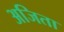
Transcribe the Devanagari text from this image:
अजिता